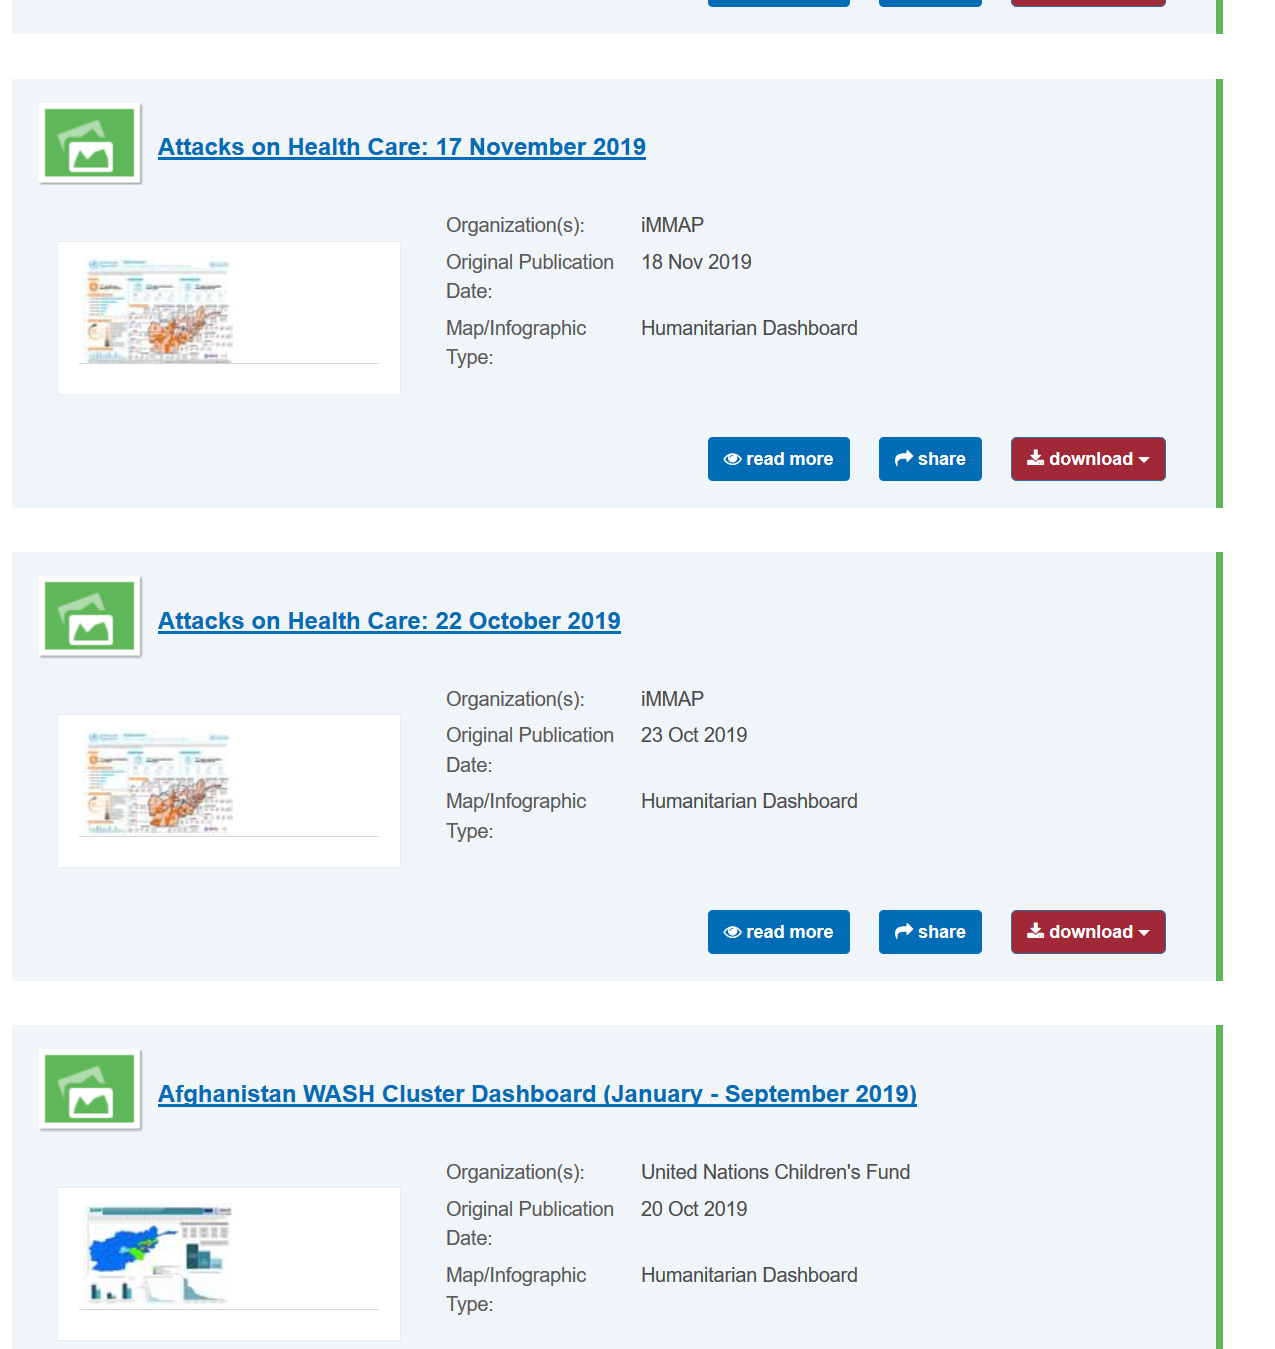
Attacks  on Health  Care: 17 November  2019

     Attacks  on Health  Care: 22 October  2019
     Afghanistan   WASH Cluster   Dashboard    (January
     -
     September   2019)
     jists
     Organization(s):  iMMAP-
     Original Publication 18 Nov 2019
     Date:
     Map/Infographic   Humanitarian Dashboard
     Type:
     Organization(s):  iMMAP-
     Original Publication 23 Oct 2019
     Date:
     Map/Infographic   Humanitarian Dashboard
     Type:
     Organization(s):  United Nations Children's Fund
     Map/Infographic   Humanitarian Dashboard
     Type:
     Original Publication 20 Oct 2019
     Date:
     Pre:
     download re)